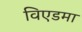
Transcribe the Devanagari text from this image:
विएडमा